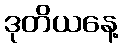
ဒုတိယနေ့